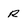
Character: R